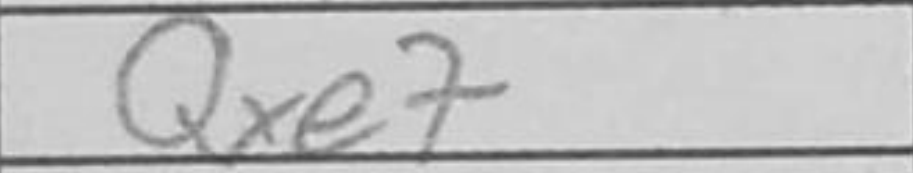
Transcription: Qxe7